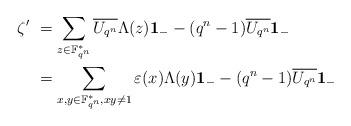
LaTeX: \begin{align*}\zeta' &\ =\sum_{z\in \mathbb{F}^*_{q^n}}\overline{U_{q^n}} \Lambda(z){\bf 1}_{-} - (q^n-1) \overline{U_{q^n}}{\bf 1}_{-}\\&\ =\sum_{x,y\in \mathbb{F}^*_{q^n}, xy\ne 1} \varepsilon(x)\Lambda(y) {\bf 1}_{-} -(q^n-1) \overline{U_{q^n}}{\bf 1}_{-}\end{align*}